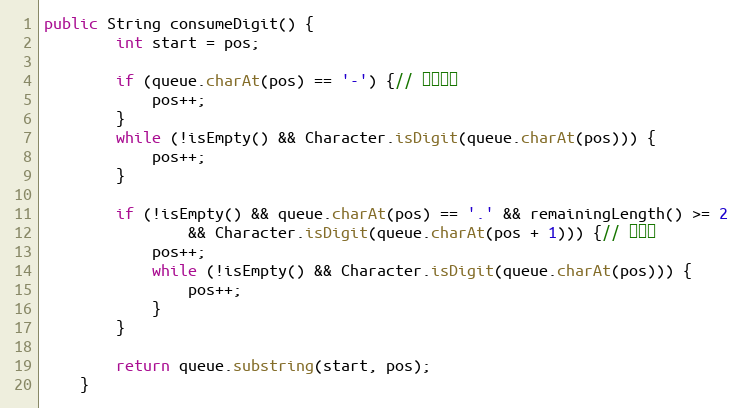
Language: Java
public String consumeDigit() {
        int start = pos;

        if (queue.charAt(pos) == '-') {// 负数标记
            pos++;
        }
        while (!isEmpty() && Character.isDigit(queue.charAt(pos))) {
            pos++;
        }

        if (!isEmpty() && queue.charAt(pos) == '.' && remainingLength() >= 2
                && Character.isDigit(queue.charAt(pos + 1))) {// 小数点
            pos++;
            while (!isEmpty() && Character.isDigit(queue.charAt(pos))) {
                pos++;
            }
        }

        return queue.substring(start, pos);
    }